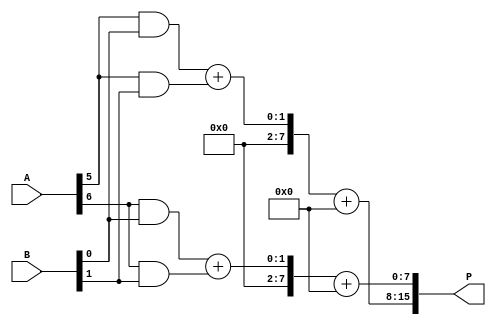
module WallaceTreeMultiplier #(parameter N = 8) (
    input [N-1:0] A,  // N-bit input A
    input [N-1:0] B,  // N-bit input B
    output [2*N-1:0] P // 2N-bit output product P
);
    // Declare intermediate wires for partial products, and sum/carry arrays
    wire [(N-1):0] pp [0:N-1]; // Partial products
    wire [(N-1):0] sum [0:N-1]; // Sum wires
    wire [(N-1):0] carry [0:N-1]; // Carry wires
    wire [(N-1):0] final_sum, final_carry;

    // Generate partial products
    generate
    genvar i, j;
    for (i = 0; i < N; i = i + 1) begin : partial_product_gen
        for (j = 0; j < N; j = j + 1) begin
            assign pp[i][j] = A[i] & B[j];
        end
    end
    endgenerate

    // Wallace Tree Reduction
    // This logic implements a simple 3:2 CSA reduction
    generate
    for (i = 0; i < N-1; i = i + 1) begin : wallace_tree_reduction
        // Three inputs, two outputs (carry and sum)
        if(i < N/3) begin // Note: Adjust the loops based on N
            assign {carry[i], sum[i]} = pp[i][0] + pp[i][1] + pp[i][2];
        end else begin
            assign {carry[i], sum[i]} = pp[i][0] + pp[i][1];
        end
    end
    endgenerate

    // Collect the last level of sums and carries
    assign final_sum = (sum[N-2] + carry[N-2]);
    assign final_carry = (sum[N-3] + carry[N-3]);

    // Final output product
    assign P = {final_carry, final_sum};

endmodule